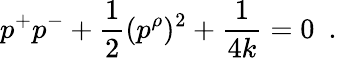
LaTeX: p^{+}p^{-}+\frac{1}{2}(p^{\rho})^{2}+\frac{1}{4k}=0~~.